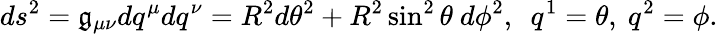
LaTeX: ds^{2}=\mathfrak{g}_{\mu\nu}dq^{\mu}dq^{\nu}=R^{2}d\theta^{2}+R^{2}\sin^{2}\theta~d\phi^{2},~~q^{1}=\theta,~q^{2}=\phi.